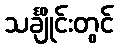
သင်္ချိုင်းတွင်